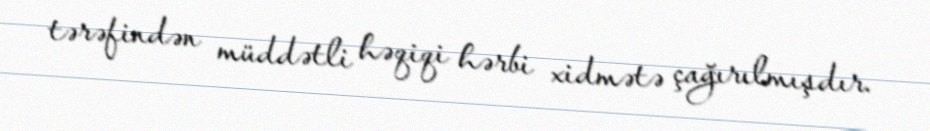
tərəfindən müddətli həqiqi hərbi xidmətə çağırılmışdır.